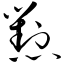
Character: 怼